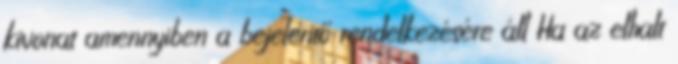
kivonat amennyiben a bejelentő rendelkezésére áll Ha az elhalt